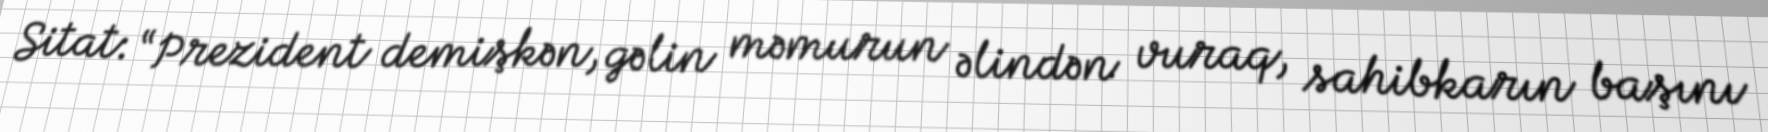
Sitat: “Prezident demişkən, gəlin məmurun əlindən vuraq, sahibkarın başını